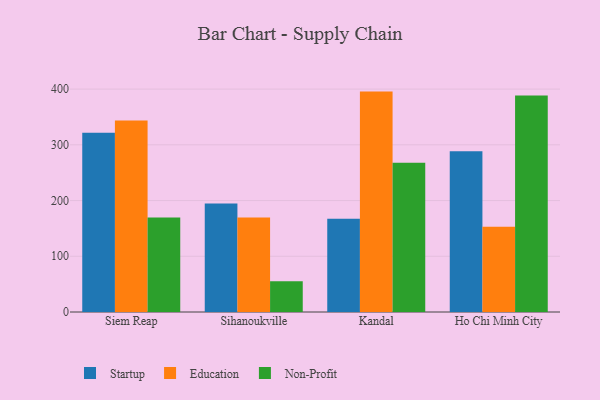
{"axis": {"x": "City", "y": "Waste Production (Tons)"}, "legend": ["Education", "Non-Profit", "Startup"], "data": [{"x": "Siem Reap", "y": 321.5, "type": "Startup"}, {"x": "Siem Reap", "y": 343.8, "type": "Education"}, {"x": "Siem Reap", "y": 169.7, "type": "Non-Profit"}, {"x": "Sihanoukville", "y": 194.8, "type": "Startup"}, {"x": "Sihanoukville", "y": 169.4, "type": "Education"}, {"x": "Sihanoukville", "y": 55.3, "type": "Non-Profit"}, {"x": "Kandal", "y": 167.4, "type": "Startup"}, {"x": "Kandal", "y": 395.5, "type": "Education"}, {"x": "Kandal", "y": 267.7, "type": "Non-Profit"}, {"x": "Ho Chi Minh City", "y": 288.4, "type": "Startup"}, {"x": "Ho Chi Minh City", "y": 152.8, "type": "Education"}, {"x": "Ho Chi Minh City", "y": 388.4, "type": "Non-Profit"}]}